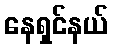
နေရှင်နယ်